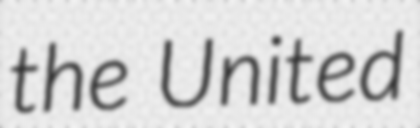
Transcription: the United